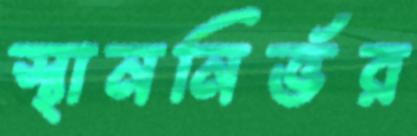
স্থাননির্ভর